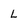
Character: L